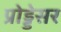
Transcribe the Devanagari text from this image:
प्रोड्डेसर